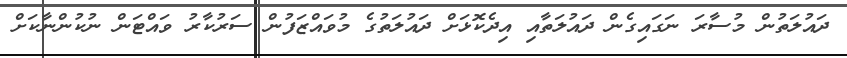
ދައުލަތުން މުސާރަ ނަގައިގެން ދައުލަތާއި އިދެކޮޅަށް ދައުލަތުގެ މުވައްޒަފުން ސަރުކާރު ވައްޓަން ނުކުންނާކަށް